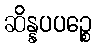
ဆိန္နပပဉ္စေ